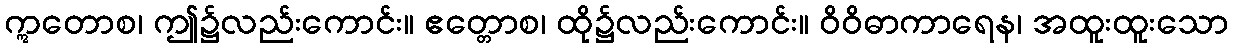
ဣတောစ၊ ဤ၌လည်းကောင်း။ ဧတ္တောစ၊ ထို၌လည်းကောင်း။ ဝိဝိဓာကာရေန၊ အထူးထူးသော